Medical and sanitary report of the native army of Bengal for the year
Year: 1877
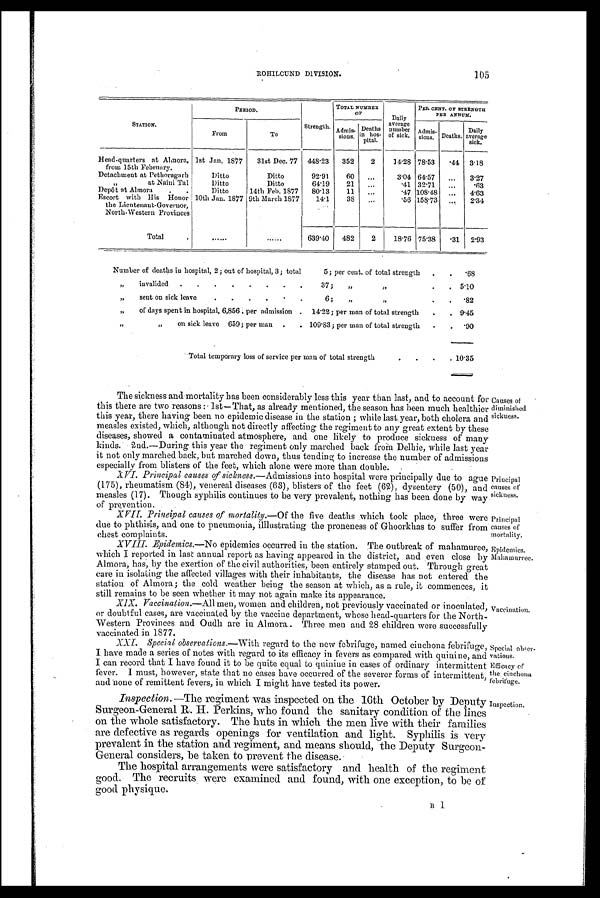
Principal
causes of
sickness.
Principal
causes of
mortality.
Epidemics.
Maham rree.
105
ROHILCUND DIVISION.
STATION.
PERIOD.
Strength
TOTAL NUMBER
OF
Daily
average
number
of sick.
PER CENT. OF STRENGTH
PER ANNUM.
From
To
Admis- sions.
Deaths in
hos-
pital.
Admis-
sions. Deaths.
Daily
average
sick.
Head-quarters at Almora, 1st Jan. 1877
31st Dec. 77
448. 23
352
2
14.28 78. 53
.44
3.18
from 15th February.
Detachment at Pethoragarh
Ditto
Ditto
92.91
60
...
3.04 64.57
...
3.27
"
at Naini Tal
D itto
Ditto
64.19
21
...
.41 32.71
...
.63
Depôt at Almora
Ditto
14th Feb. 1877
80 .13
11
...
.47 108.48
...
4.63
Escort with His Honor 10th Jan. 1877 9th March 1877
14.1
38
...
.56 158.73
...
2.34
the Lieutenant-Governor,
North-Western Provinces
Total
... ... ... ...
639.40
482
2
18.76 75.38
.31
2.93
Number of deaths in hospital, 2; out of hospital, 3; total
5; per cent. of total strength
.68
„
invalided
37 ;
,, ,,
5.10
„
sent on sick leave
6 ;
,,
,,
.82
„
of days spent in hospital, 6,856, per admission
14.22; per man of total strength
9.45
,,
„
on sick leave 659; per man
109.83; per man of total strength
.90
Total temporary loss of service per man of total strength
10.35
The sickness and mortality has been considerably less this year than last, and to account for
this there are two reasons: 1st—That, as already mentioned, the season has been much healthier
this year, there having been no epidemic disease in the station; while last year, both cholera and
measles existed, which, although not directly affecting the regiment to any great extent by these
d i s e a s e s , s h o w e d a c o n t a m i n a t e d a t m o s p h e r e , a n d o n e l i k e l y t o p r o d u c e s i c k n e s s o f m a n y k i n d s .
2nd.—During this year the regiment only marched back from Delhie, while last year
it not only marched back, but marched down, thus tending to increase the number of admissions
especially from blisters of the feet, which alone were more than double.
XVI. Principal causes of sickness.—Admissions into hospital were principally due to ague
(175), rheumatism (84), venereal diseases (63), blisters of the feet (62), dysentery (50), and
measles (17). Though syphilis continues to be very prevalent, nothing has been done by way
of prevention.
XVII. Principal causes of mortality.—Of the five deaths which took place, three were
due to phthisis, and one to pneumonia, illlustrating the proneness of Ghoorkhas to suffer from
chest complaints.
XVIII. Epidemics.—No epidemics occurred in the station. The outbreak of mahamuree,
which I reported in last annual report as having appeared in the district, and even close by
Almora, has, by the exertion of the civil authorities, been entirely stamped out. Through great
care in isolating the affected villages with their inhabitants, the disease has not entered the
station of Almora; the cold weather being the season at which, as a rule, it commences, it
still remains to be seen whether it may not again make its appearance.
XIV. Vaccination.—All men, women and children, not previously vaccinated or inoculated
or doubtful cases, are vaccinated by the vaccine department, whose head-quarters for the North-
Western Provinces and Oudh are in Almora. Three men and 28 children were successfully
vaccinated in 1877.
XXI. Special observations.—With regard to the new febrifuge, named cinchona febrifuge.
I have made a series of notes with regard to its efficacy in fevers as compared with quinine, and
I can record that I have found it to be quite equal to quinine in cases of ordinary intermittent
fever. I must, however, state that no cases have occurred of the severer forms of intermittent,
and none of remittent fevers, in which I might have tested its power.
Inspection. —The regiment was inspected on the 16th October by Deputy
Surgeon-General R. H. Perkins, who found the sanitary condition of the lines
on the whole satisfactory. The huts in which the men live with their families
are defective as regards openings for ventilation and light. Syphilis is very
prevalent in the station and regiment, and means should, the Deputy Surgeon-
General considers, be taken to prevent the disease.
The hospital arrangements were satisfactory and health of the regiment
good. The recruits were examined and found, with one exception, to be of
good physique.
Causes of
diminished
sickness.
Vaccination.
Special ober-
vations.
Efficacy of
the cinchona
febrifuge.
Inspection.
B 1